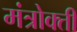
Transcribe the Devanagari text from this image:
मंत्रोक्ती